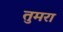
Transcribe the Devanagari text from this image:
तुमरा